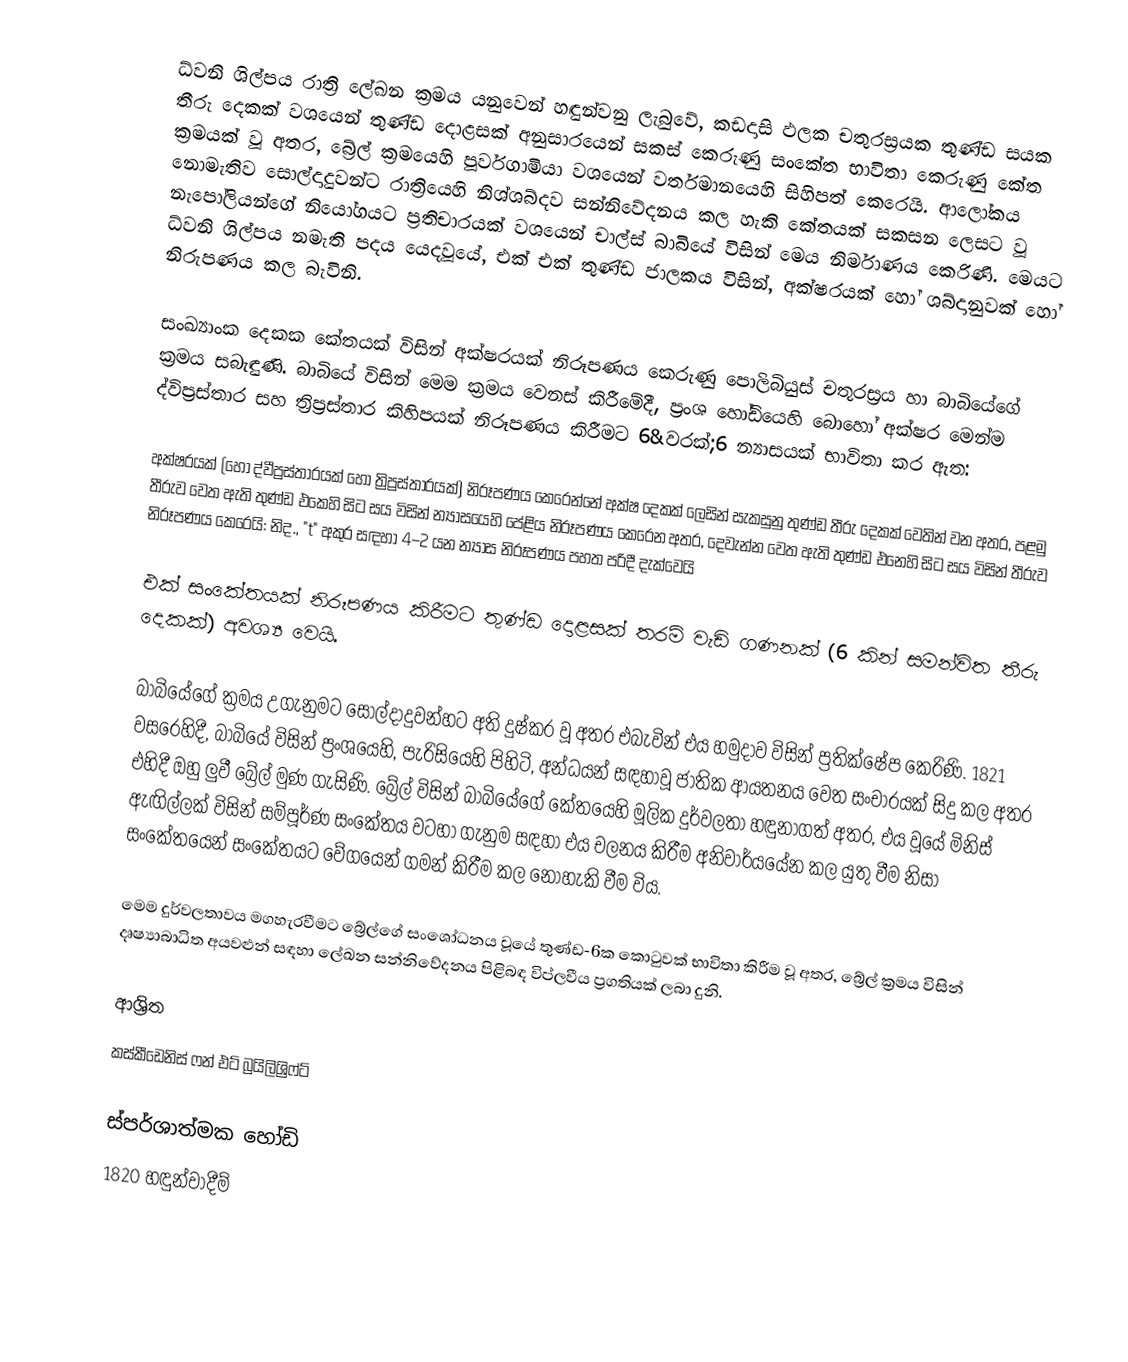
ධ්වනි ශිල්පය  රාත්‍රි ලේඛන ක්‍රමය යනුවෙන් හඳුන්වනු ලැබුවේ, කඩදාසි ඵලක චතුරස්‍රයක තුණ්ඩ සයක තීරු දෙකක් වශයෙන් තුණ්ඩ දොළසක් අනුසාරයෙන් සකස් කෙරුණු සංකේත භාවිතා කෙරුණු කේත ක්‍රමයක් වූ අතර, බ්‍රේල් ක්‍රමයෙහි පූර්වගාමියා වශයෙන් වර්තමානයෙහි සිහිපත් කෙරෙයි.  ආලෝකය නොමැතිව සොල්දාදුවන්ට රාත්‍රියෙහි නිශ්ශබ්දව සන්නිවේදනය කල හැකි කේතයක් සකසන ලෙසට වූ නැපෝලියන්ගේ  නියෝගයට ප්‍රතිචාරයක් වශයෙන්  චාල්ස් බාබියේ විසින් මෙය නිර්මාණය කෙරිණි. මෙයට  ධ්වනි ශිල්පය නමැති පදය යෙදවූයේ, එක් එක් තුණ්ඩ ජාලකය විසින්, අක්ෂරයක් හෝ  ශබ්දානුවක් හෝ නිරුපණය කල බැවිනි.

සංඛ්‍යාංක දෙකක කේතයක් විසින් අක්ෂරයක් නිරූපණය කෙරුණු පොලිබියුස් චතුරස්‍රය හා බාබියේගේ ක්‍රමය සබැඳුණි. බාබියේ විසින් මෙම ක්‍රමය වෙනස් කිරීමේදී, ප්‍රංශ හෝඩියෙහි බොහෝ අක්ෂර මෙන්ම ද්විප්‍රස්තාර සහ ත්‍රිප්‍රස්තාර කිහිපයක් නිරූපණය කිරීමට 6&වරක්;6 න්‍යාසයක්  භාවිතා කර ඇත:

අක්ෂරයක් (හෝ ද්වීප්‍රස්තාරයක් හෝ ත්‍රිප්‍රස්තාරයක්) නිරූපණය කෙරෙන්නේ අක්ෂ දෙකක් ලෙසින් සැකසුනු තුණ්ඩ තීරු දෙකක් වෙතින් වන අතර, පළමු තීරුව වෙත ඇති තුණ්ඩ එකෙහි සිට සය විසින් න්‍යාසයෙහි පේළිය නිරූපණය කෙරෙන අතර, දෙවැන්න වෙත ඇති තුණ්ඩ එනෙහි සිට සය විසින්   තීරුව නිරූපණය කෙරෙයි: නිද., "t" අකුර සඳහා  4–2 යන න්‍යාස නිරූපණය පහත පරිදී දැක්වෙයි

එක් සංකේතයක් නිරූපණය කිරීමට තුණ්ඩ දොළසක් තරම් වැඩි ගණනක් (6 කින් සමන්විත තීරු දෙකක්) අවශ්‍ය වෙයි.

බාබියේගේ ක්‍රමය උගැනුමට සොල්දාදුවන්හට අති දුෂ්කර වූ අතර එබැවින් එය හමුදාව විසින් ප්‍රතික්ෂේප කෙරිණි. 1821 වසරෙහිදී, බාබියේ විසින් ප්‍රංශයෙහි,  පැරිසියෙහි පිහිටි, අන්ධයන් සඳහාවූ ජාතික ආයතනය වෙත සංචාරයක් සිදු කල අතර එහිදී ඔහු ලුවී බ්‍රේල් මුණ ගැසිණි. බ්‍රේල් විසින් බාබියේගේ කේතයෙහි මූලික  දුර්වලතා හඳුනාගත් අතර, එය වූයේ මිනිස් ඇඟිල්ලක්  විසින් සම්පූර්ණ සංකේතය වටහා ගැනුම සඳහා එය චලනය කිරීම අනිවාර්යයේන  කල යුතු වීම නිසා සංකේතයෙන් සංකේතයට වේගයෙන් ගමන් කිරීම කල නොහැකි වීම විය.

මෙම දුර්වලතාවය මගහැරවීමට බ්‍රේල්ගේ සංශෝධනය වූයේ  තුණ්ඩ-6ක කොටුවක් භාවිතා කිරීම වූ අතර, බ්‍රේල් ක්‍රමය විසින් දෘෂ්‍යාබාධිත අයවළුන් සඳහා ලේඛන සන්නිවේදනය පිළිබඳ විප්ලවීය ප්‍රගතියක් ලබා දුනි.

ආශ්‍රිත
 කස්කීඩෙනිස් ෆන් එට් බ්‍රයිලිශ්‍රිෆ්ට්

ස්පර්ශාත්මක හෝඩි
1820 හඳුන්වාදීම්